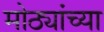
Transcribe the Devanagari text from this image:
मोठ्यांच्या